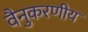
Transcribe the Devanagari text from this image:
वैनुकरणीय